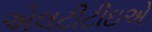
એલટીટીઇએ